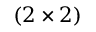
( 2 \times 2 )